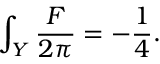
\int _ { Y } { \frac { F } { 2 \pi } } = - { \frac { 1 } { 4 } } .